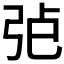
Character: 𢏍